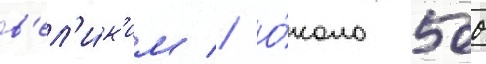
в'ел'и́к'им // О́коло 500